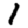
Digit: 1